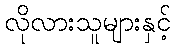
လိုလားသူများနှင့်